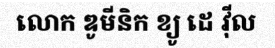
លោក ឌូមីនិក ខ្យូ ដេ វ៉ីល